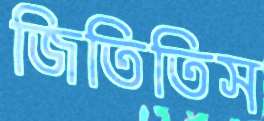
জিতিতিস